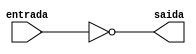
//Henrique Carvalho Parreira
//347133

module notnand (saida,entrada);
	input entrada;
	output saida;
	
	nand NAND1 (saida,entrada);
endmodule //end notnand


module andnand (saida,e1,e2,e3);
	input e1,e2,e3;
	output saida;
	wire w1;
	
	nand NAND1 (w1,e1,e2,e3);
	nand NAND2 (saida,w1);
endmodule // end andnand


module ornand (saida,e1,e2,e3);
	input e1,e2,e3;
	output saida;
	wire w1,w2,w3;
	
	nand NAND1 (w1,e1);
	nand NAND2 (w2,e2);
	nand NAND3 (w3,e3);
	nand NAND4 (saida,w1,w2,w3);
endmodule// end ornand

module andnand2 (saida,e1,e2);
	input e1,e2;
	output saida;
	wire w1;
	
	nand NAND1 (w1,e1,e2);
	nand NAND2 (saida,w1);
endmodule //end andnand2	

module guia08;
	reg a,b,c,d;
	wire w1,w2,w3,w4,w5,w6,w7,w8;
	
	notnand NN1 (w1,a);
	notnand NN2 (w2,b);
	notnand NN3 (w3,c);
	notnand NN4 (w4,d);
	
	andnand2 AN1 (w5,w1,c);
	andnand AN2 (w6,a,b,w4);
	andnand AN3 (w7,a,w2,c);
	ornand ON1 (w8,w5,w6,w7);
	
initial begin:start
end

initial begin:main
 $display("Henrique Carvalho Parreira - 347133");
      $display("Guia 08 Ex:04\n");

$display ("a b c d = s\n");
	#1	a = 0; b= 0; c = 0; d = 0;
	$monitor ("%b %b %b %b = %b", a,b,c,d,		 w8);
	#1 a = 1;
	#1 a = 0; b = 1;
	#1 b = 0; c = 1;
	#1 c = 0; d = 1;
	#1 d = 0;
	#1 a = 1; b = 1; c = 1; d = 1;
	#1 a = 0; c = 0;
	#1 a = 1; c = 1;
	
end
endmodule

/*

    
		Henrique Carvalho Parreira
		347133

    a b c d = s
    
    0 0 0 0 = 0
    1 0 0 0 = 0
    0 1 0 0 = 0
    0 0 1 0 = 1
    0 0 0 1 = 0
    0 0 0 0 = 0
    1 1 1 1 = 0
    0 1 0 1 = 0
    1 1 1 1 = 0

*/